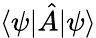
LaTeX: \langle\psi|{\hat{A}}|\psi\rangle